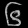
Digit: ၆